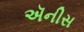
ઍનીસ